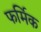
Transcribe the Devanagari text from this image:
फर्मिक